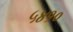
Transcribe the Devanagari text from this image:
५४१०